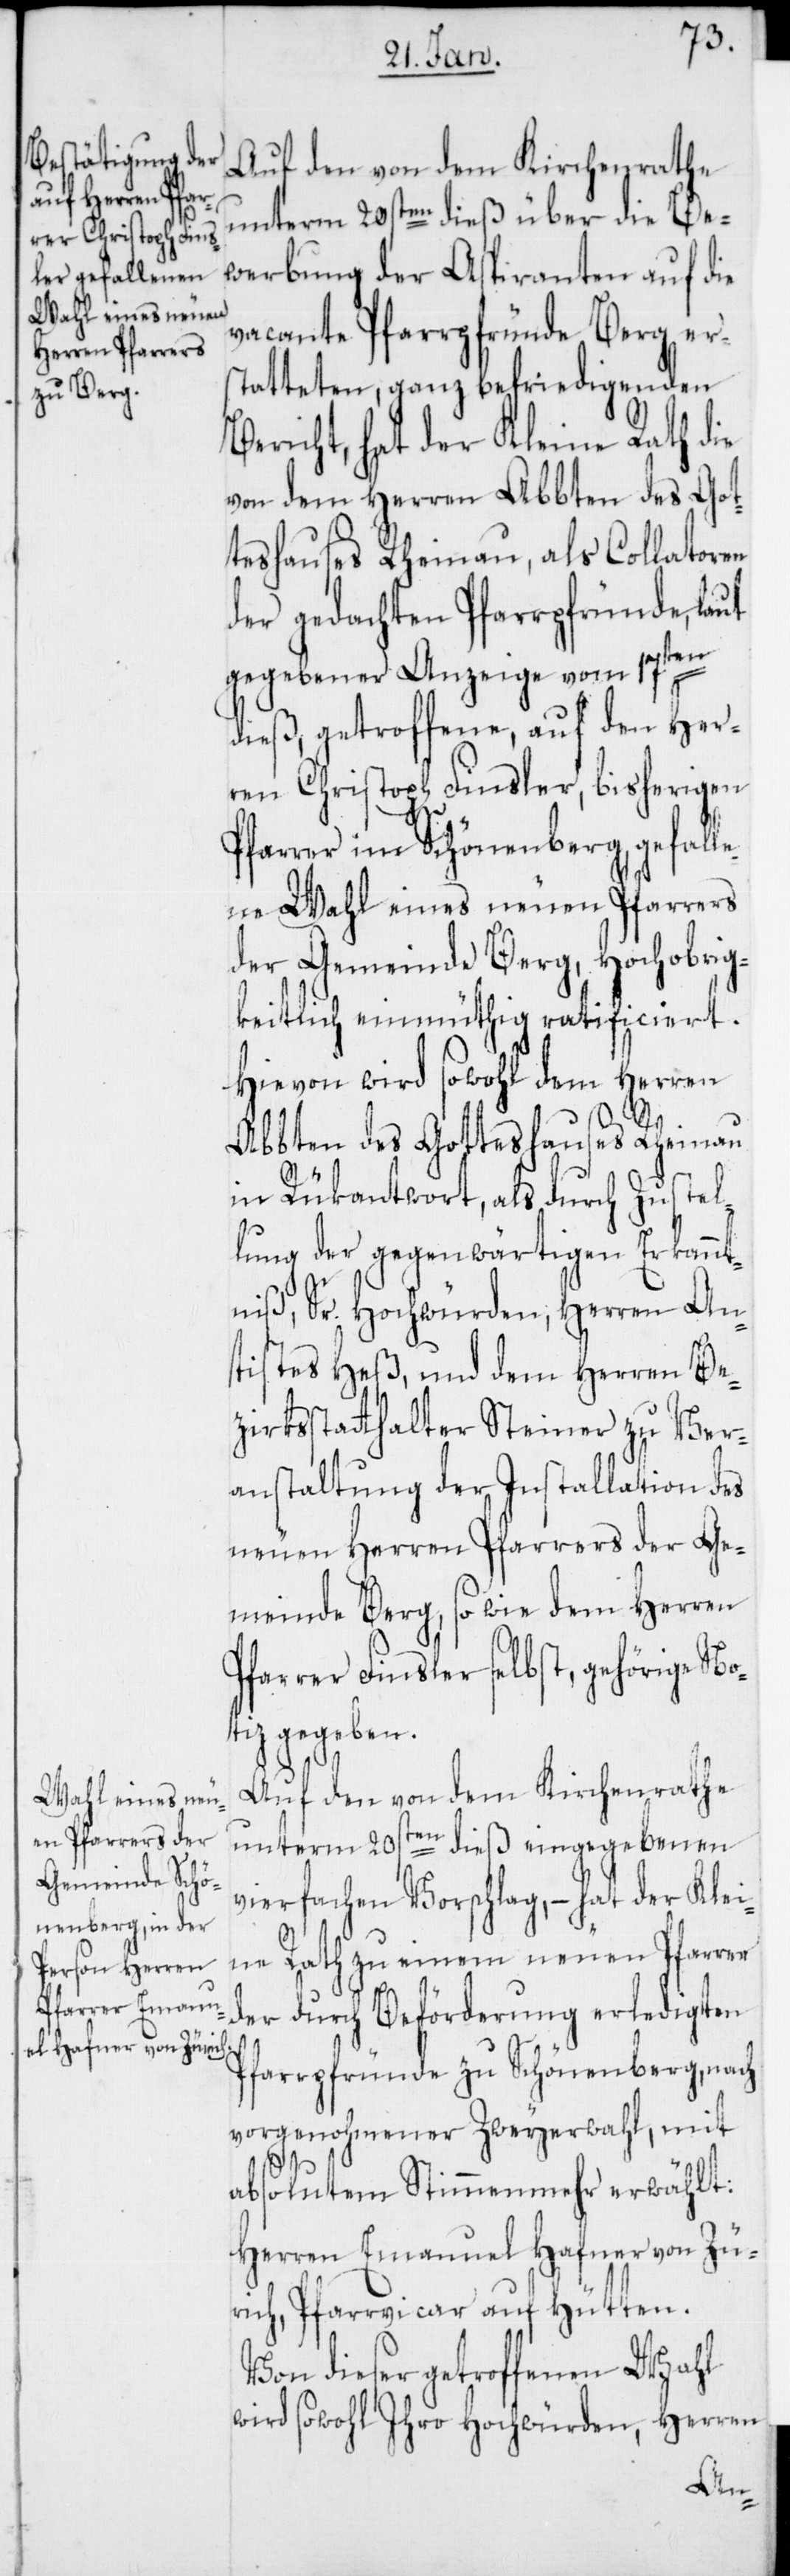
Auf den von dem Kirchenrathe
unterm 20sten dieß über die Be¬
werbung der Aspiranten auf die
vacante Pfarrpfründe Berg er¬
statteten, ganz befriedigenden
Bericht, hat der Kleine Rath die
von dem Herren Abbten des Got¬
teshauses Rheinau, als Collatoren
der gedachten Pfarrpfründe, laut
gegebener Anzeige vom 17ten
dieß, getroffene, auf den Her¬
ren Christoph Finsler, bisherigen
Pfarrer im Schönenberg, gefall¬
ene Wahl eines neuen Pfarrers
der Gemeinde Berg, hochobrig¬
keitlich einmüthig ratificiert.
Hievon wird sowohl dem Herren
Abbten des Gotteshauses Rheinau
in Rükantwort, als durch Zustel¬
lung der gegenwärtigen Erkannt¬
niß, Sr. Hochwürden, Herren An¬
tistes Heß, und dem Herren Be¬
zirksstatthalter Steiner zu Ver¬
anstaltung der Installation des
neuen Herren Pfarrers der Ge¬
meinde Berg, sowie dem Herren
Pfarrer Finsler selbst, gehörige No¬
tiz gegeben.
Auf den von dem Kirchenrathe
unterm 20sten dieß eingegebenen
vierfachen Vorschlag, – hat der Klei¬
ne Rath zu einem neuen Pfarrer
der durch Beförderung erledigten
Pfarrpfründe zu Schönenberg, nach
vorgenohmener Zweyerwahl, mit
absolutem Stimmenmehr erwählt:
Herren Emanuel Hafner von Zü¬
rich, Pfarrvicar auf Hütten.
Von dieser getroffenen Wahl
wird sowohl Ihro Hochwürden, Herren